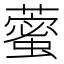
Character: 藌